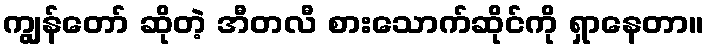
ကျွန်တော် ဆိုတဲ့ အီတလီ စားသောက်ဆိုင်ကို ရှာနေတာ။